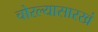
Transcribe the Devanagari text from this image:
चोरल्यासारखं